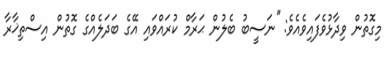
މިގޮތުން ވިދާޅުވެފައިވެއެވެ: ''ނަސީބު ބެލުން ޙަރާމް ކުރައްވައި އޭގެ ބަދަލެއްގެ ގޮތުން އިސްތިޚާރާ